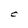
Character: C